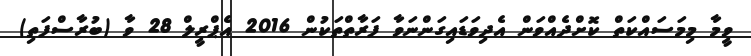
ވީމާ މިމަސައްކަތް ކޮށްދެއްވަން އެދިވަޑައިގަންނަވާ ފަރާތްތަކުން 2016 އެޕްރީލް 28 ވާ (ބުރާސްފަތި)